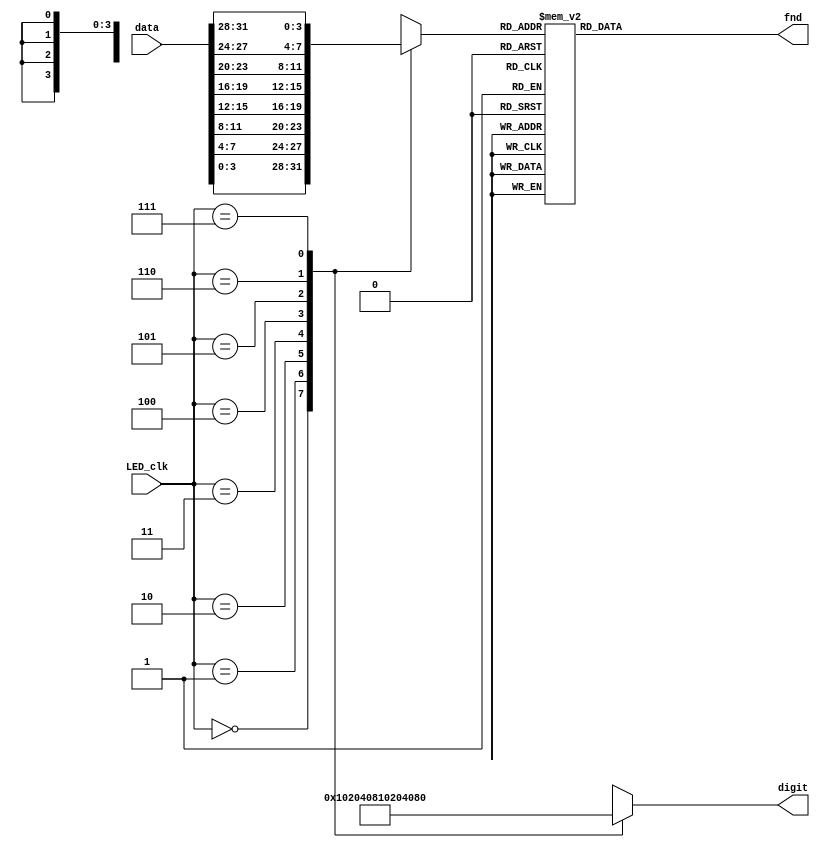
`timescale 1ns / 1ps
module LED_channel(
	input [31:0] data,
	input [2:0] LED_clk,
	output reg [7:0] digit,
	output reg [7:0] fnd
    );
    reg [3:0] segment;
	always@(*) begin
		case(segment)
          4'b0001 : fnd = ~8'b01111001;   // 1
          4'b0010 : fnd = ~8'b00100100;   // 2
          4'b0011 : fnd = ~8'b00110000;   // 3
          4'b0100 : fnd = ~8'b00011001;   // 4
          4'b0101 : fnd = ~8'b00010010;   // 5
          4'b0110 : fnd = ~8'b00000010;   // 6
          4'b0111 : fnd = ~8'b01111000;   // 7
          4'b1000 : fnd = ~8'b00000000;   // 8
          4'b1001 : fnd = ~8'b00010000;   // 9 
          4'b1010 : fnd = ~8'b00001000;   // A
          4'b1011 : fnd = ~8'b00000011;   // b
          4'b1100 : fnd = ~8'b01000110;   // C
          4'b1101 : fnd = ~8'b00100001;   // d
          4'b1110 : fnd = ~8'b00000110;   // E
          4'b1111 : fnd = ~8'b00001110;   // F
          default : fnd = ~8'b01000000;   // 0
		endcase
	end

	always@(*) begin
	   case(LED_clk)
	   	3'b000 : begin
	   		digit = 8'b0000_0001;
			segment = data[3:0];
		end
		3'b001 : begin
	   		digit = 8'b0000_0010;
			segment = data[7:4];
		end
		3'b010 : begin
	   		digit = 8'b0000_0100;
			segment = data[11:8];
		end
		3'b011 : begin
	   		digit = 8'b0000_1000;
			segment = data[15:12];
		end
		3'b100 : begin
	   		digit = 8'b0001_0000;
			segment = data[19:16];
		end
		3'b101 : begin
	   		digit = 8'b0010_0000;
			segment = data[23:20];
		end
		3'b110 : begin
	   		digit = 8'b0100_0000;
			segment = data[27:24];
		end
		3'b111 : begin
	   		digit = 8'b1000_0000;
			segment = data[31:28];
		end
		default : begin
	   		digit = 8'b1111_1111;
			segment = 4'b1111;
		end
	   endcase
	end
endmodule